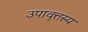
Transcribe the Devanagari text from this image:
उपावृत्तस्य